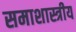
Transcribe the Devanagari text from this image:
समाशास्त्रीय